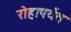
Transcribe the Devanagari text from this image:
रोहापर्यंत